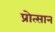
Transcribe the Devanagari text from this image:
प्रोत्सान